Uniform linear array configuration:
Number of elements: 48
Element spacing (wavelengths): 0.75
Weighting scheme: hamming
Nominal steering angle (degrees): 15
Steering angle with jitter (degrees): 13.968
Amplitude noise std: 0.05
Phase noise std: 0.05

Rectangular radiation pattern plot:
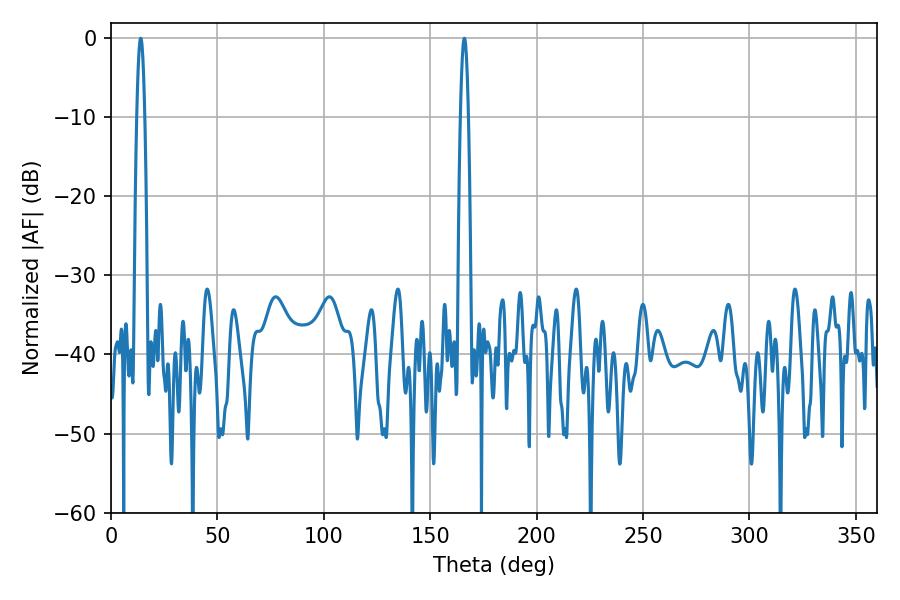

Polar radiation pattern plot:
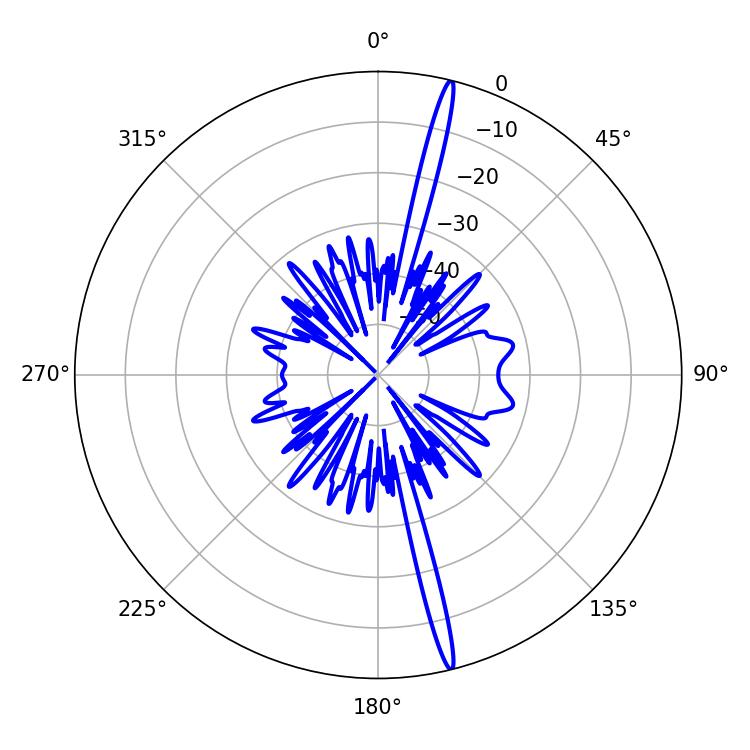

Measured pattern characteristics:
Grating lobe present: TRUE
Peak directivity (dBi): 20.154
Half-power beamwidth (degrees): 1.98
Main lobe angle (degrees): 14.04